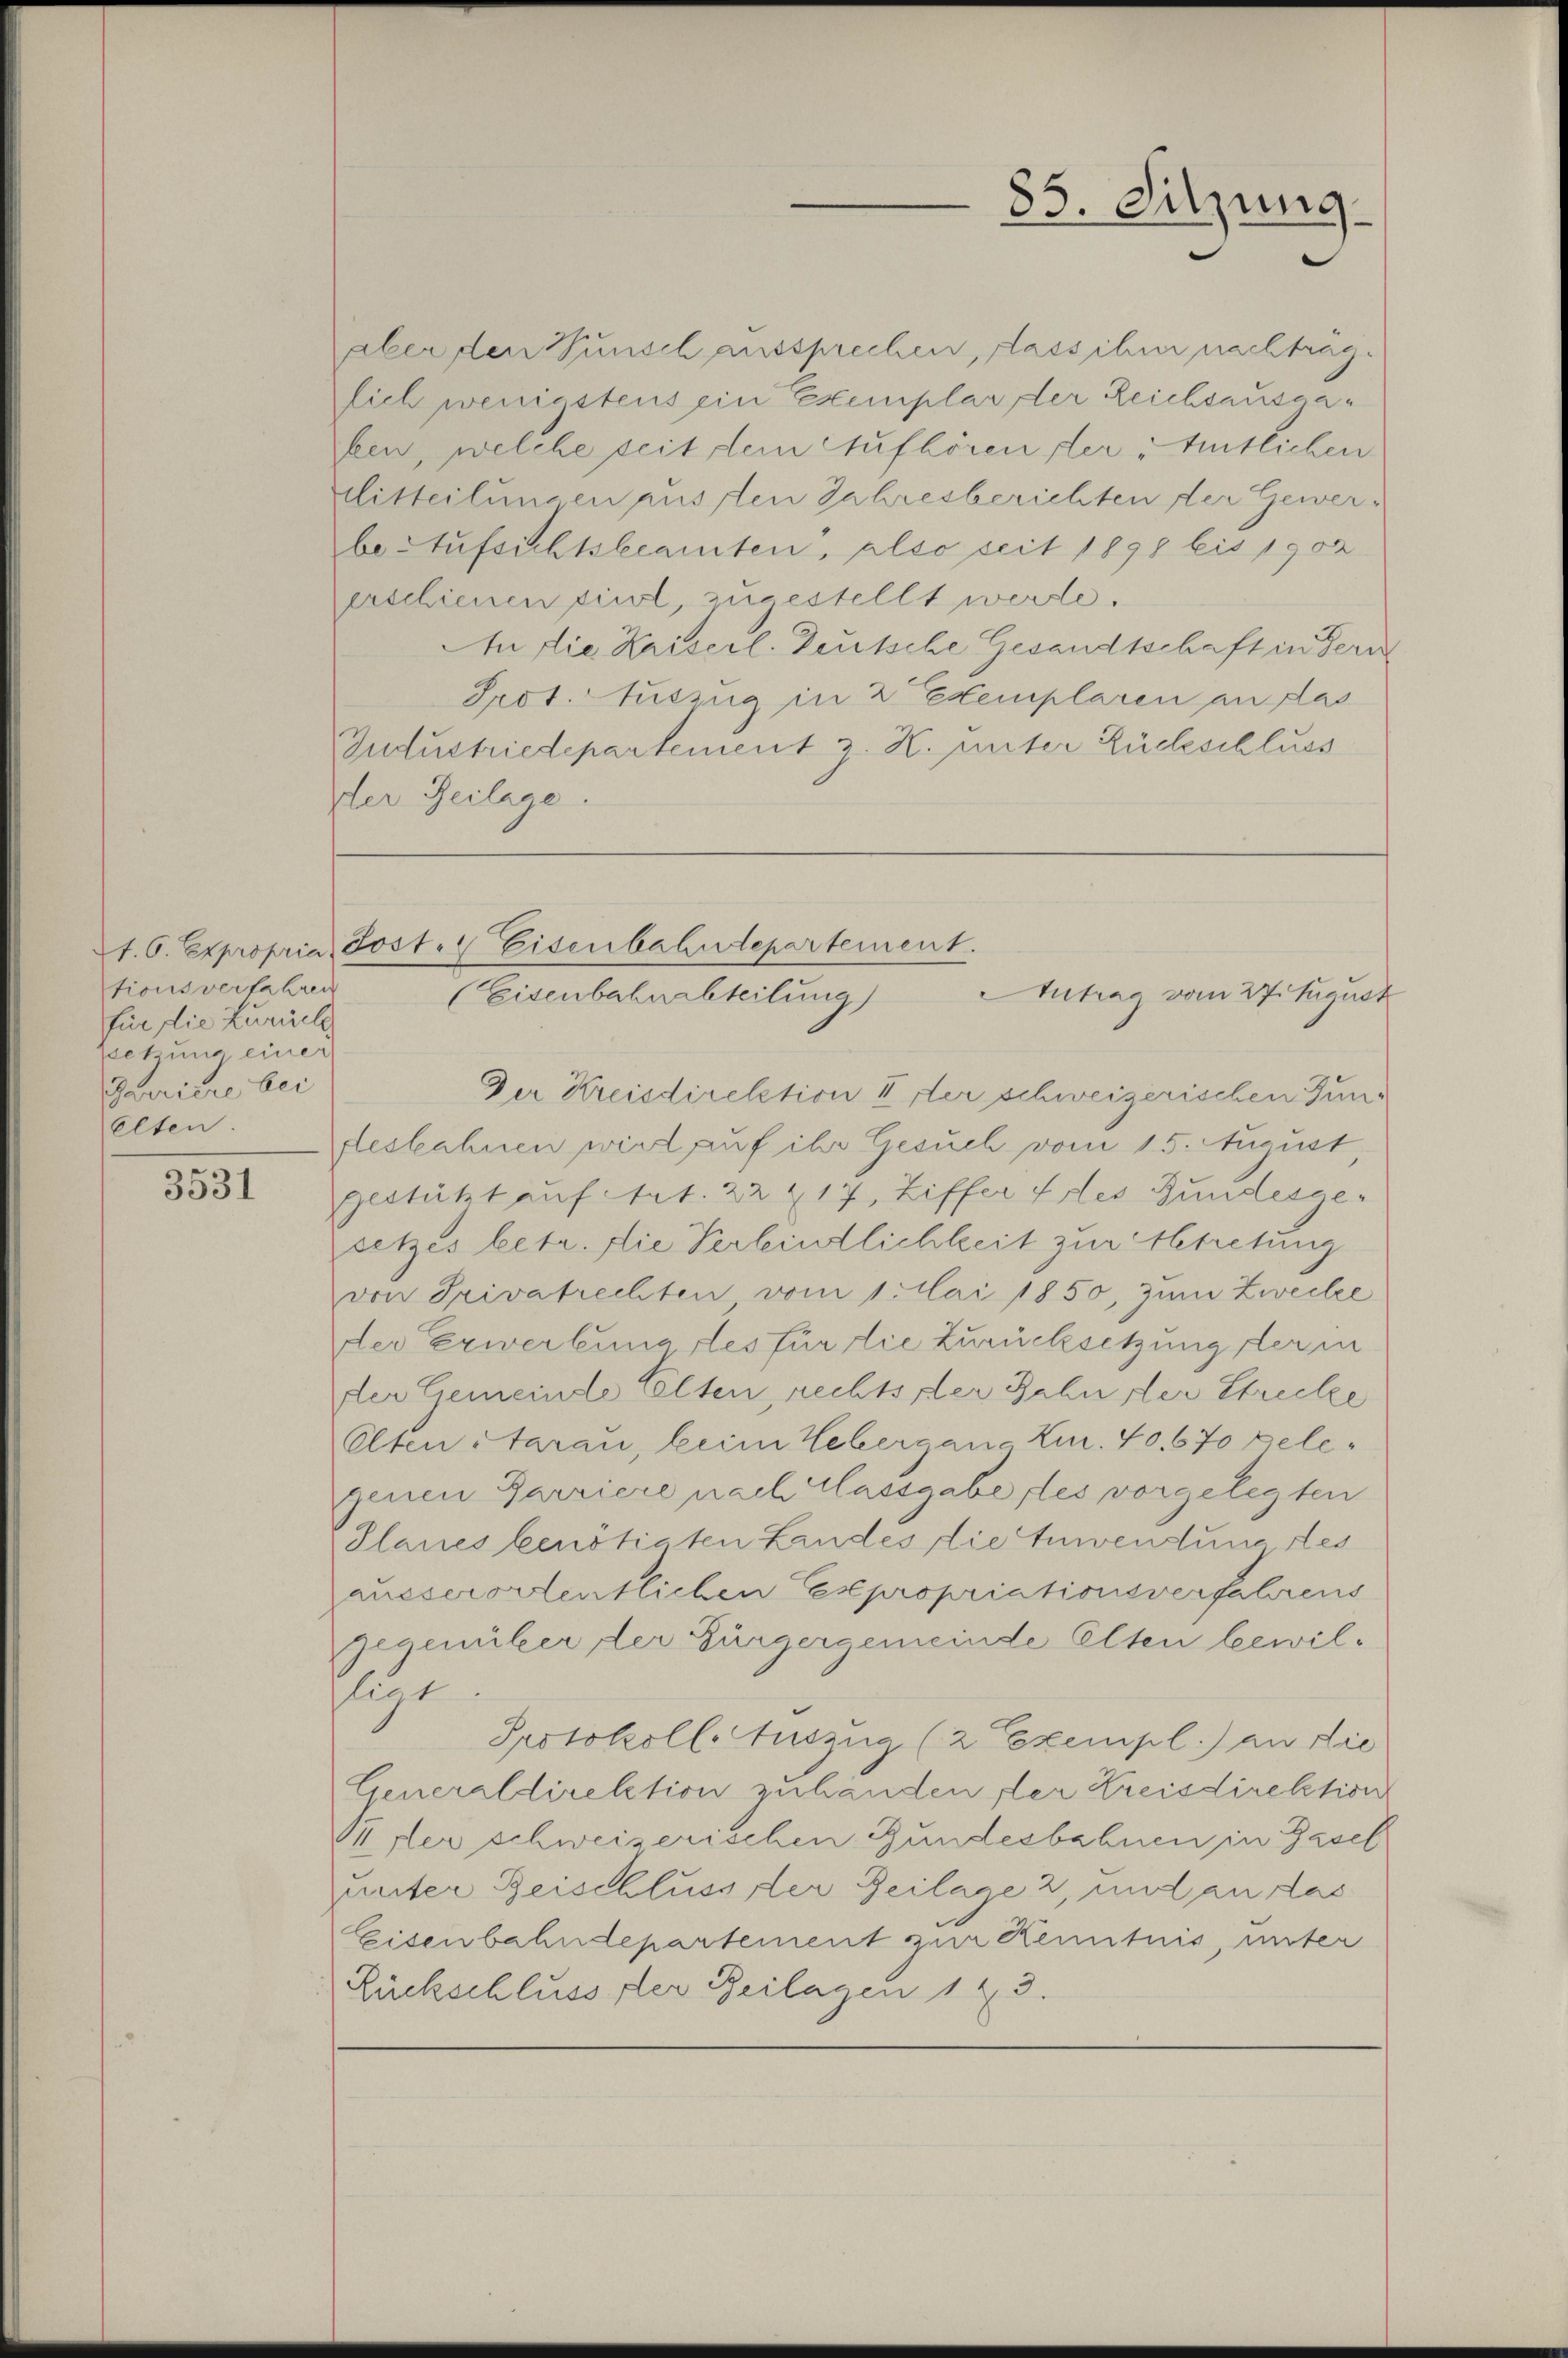
tionsverfahren
für die Zurücke
ssetzung einer
Jarriere bei
elten.

3531

aber den Wunsch aussprechen, dass ihn nachträgsich wenigstens ein Exemplar der Reichsausgafen, welche seit dem Aufhören ster titlichen
Mitteilungen pussten Jahresberichten der Gewerbe Aufsichtsbeamten, also seit 1898 bis 1902
erschienen sind, zugestellt werde.
An die Kaiserl. Deutsche Gesandtschaft in Fern
Prot. Auszug in 2 Exemplaren an das
Gudustriedepartement z. K. unter Rückschluss
der Beilage.

85. Sitzung

t.6. Expropria, Jost. Eisenbahndepartement.
Antrag vom 27. August
(Eisenbahnabteilung)

Der Kreisdirektion II der schweizerischen Junglesbahnen wird auf ihr Gesuch vom 15. August,
gestützt auf Art. 22 217, Ziffer des Bundescesetzes betr. die Verleintlichkeit zur Abtretung
von Privatrechten vom 1. Mai 1850, zum Zwecke
der Erwerbung les für die Zurücksetzung der in
der Gemeinde alten, rechts der Zahnster Strecke
Olten Starau, beim Webergane Zn. 40. 670 Belegenen Parriere nach Massgabe, les vorgelegten
Planes benötiaten Landes die Anwendung des
ausserordentlichen Expropriationsverfahrens
Gegenüber der Bürgergemeinde Elten bewillige
Protokoll. Auszug (2 Exempl.) an die
Generaldirektion zuhänden, der Kreisdirektion
Prter schweizerischen Gundesbahnen in Gasel
hinter Beischluss der Zeilage 2, und an das
Eisenbahndepartement zur Kenntnis, unter
Rückschluss der Beilagen 143.